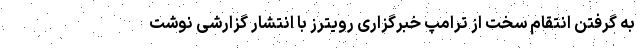
به گرفتن انتقام سخت از ترامپ خبرگزاری رویترز با انتشار گزارشی نوشت